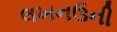
લખનઉની